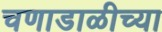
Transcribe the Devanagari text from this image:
चणाडाळीच्या